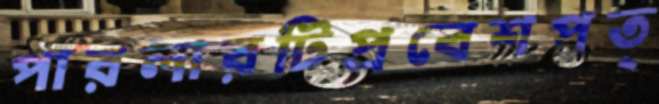
পারলারটিপ্রবেশপত্